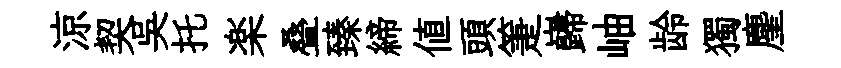
涼契吳托楽叠臻締値頭箑巋岫龄獨麈